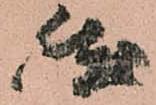
然